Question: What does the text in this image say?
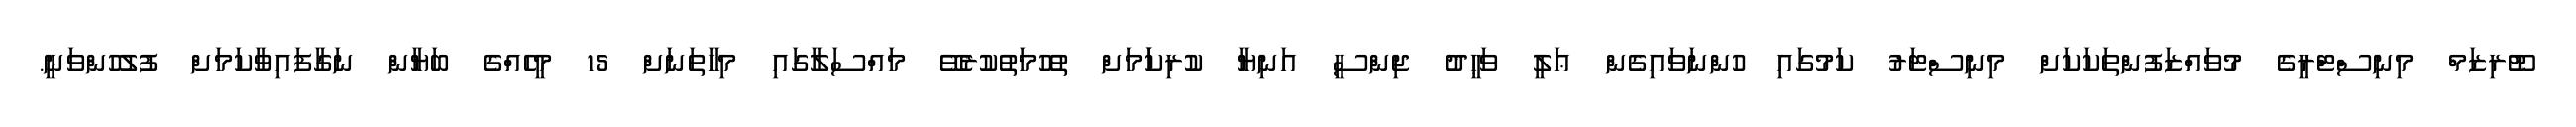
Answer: ޓޫރިޒަމް މިނިސްޓްރީގެ މުވައްޒަފުންތަކަކަށް މިނިސްޓަރު ކަމުގައި ހުންނަވައިގެން ޢަލީ ވަޙީދު ޖިންސީ އަނިޔާ ކުރިކަަމަށް ތުހުމަތުކުރެވޭ މައްސަލާގައި މިހާތަނަށް 15 މީހެއްގެ ބަޔާން ނަގާފައިވާކަމަށް ފުލުހުންވަނީ.